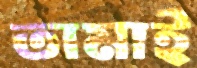
তামাই